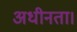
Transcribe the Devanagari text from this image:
अधीनता।